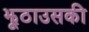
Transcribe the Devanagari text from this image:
झूठाउसकी